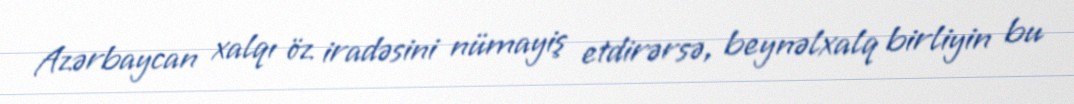
Azərbaycan xalqı öz iradəsini nümayiş etdirərsə, beynəlxalq birliyin bu